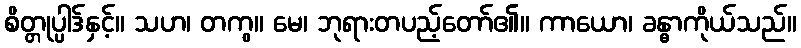
စိတ္တုပ္ပါဒ်နှင့်။ သဟ၊ တကွ။ မေ၊ ဘုရားတပည့်တော်၏။ ကာယော၊ ခန္ဓာကိုယ်သည်။